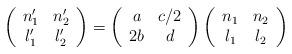
LaTeX: \begin{align*}\left(\begin{array}{cc}n'_1& n'_2 \\l'_1& l'_2\end{array}\right)=\left(\begin{array}{cc}a& c/2\\2b&d\end{array} \right) \left(\begin{array}{cc} n_1& n_2 \\l_1& l_2 \end{array}\right)\end{align*}